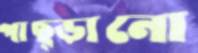
পাছ্‌ড়ানো